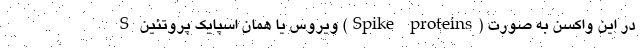
S ویروس یا همان اسپایک پروتئین (Spike proteins) در این واکسن به صورت